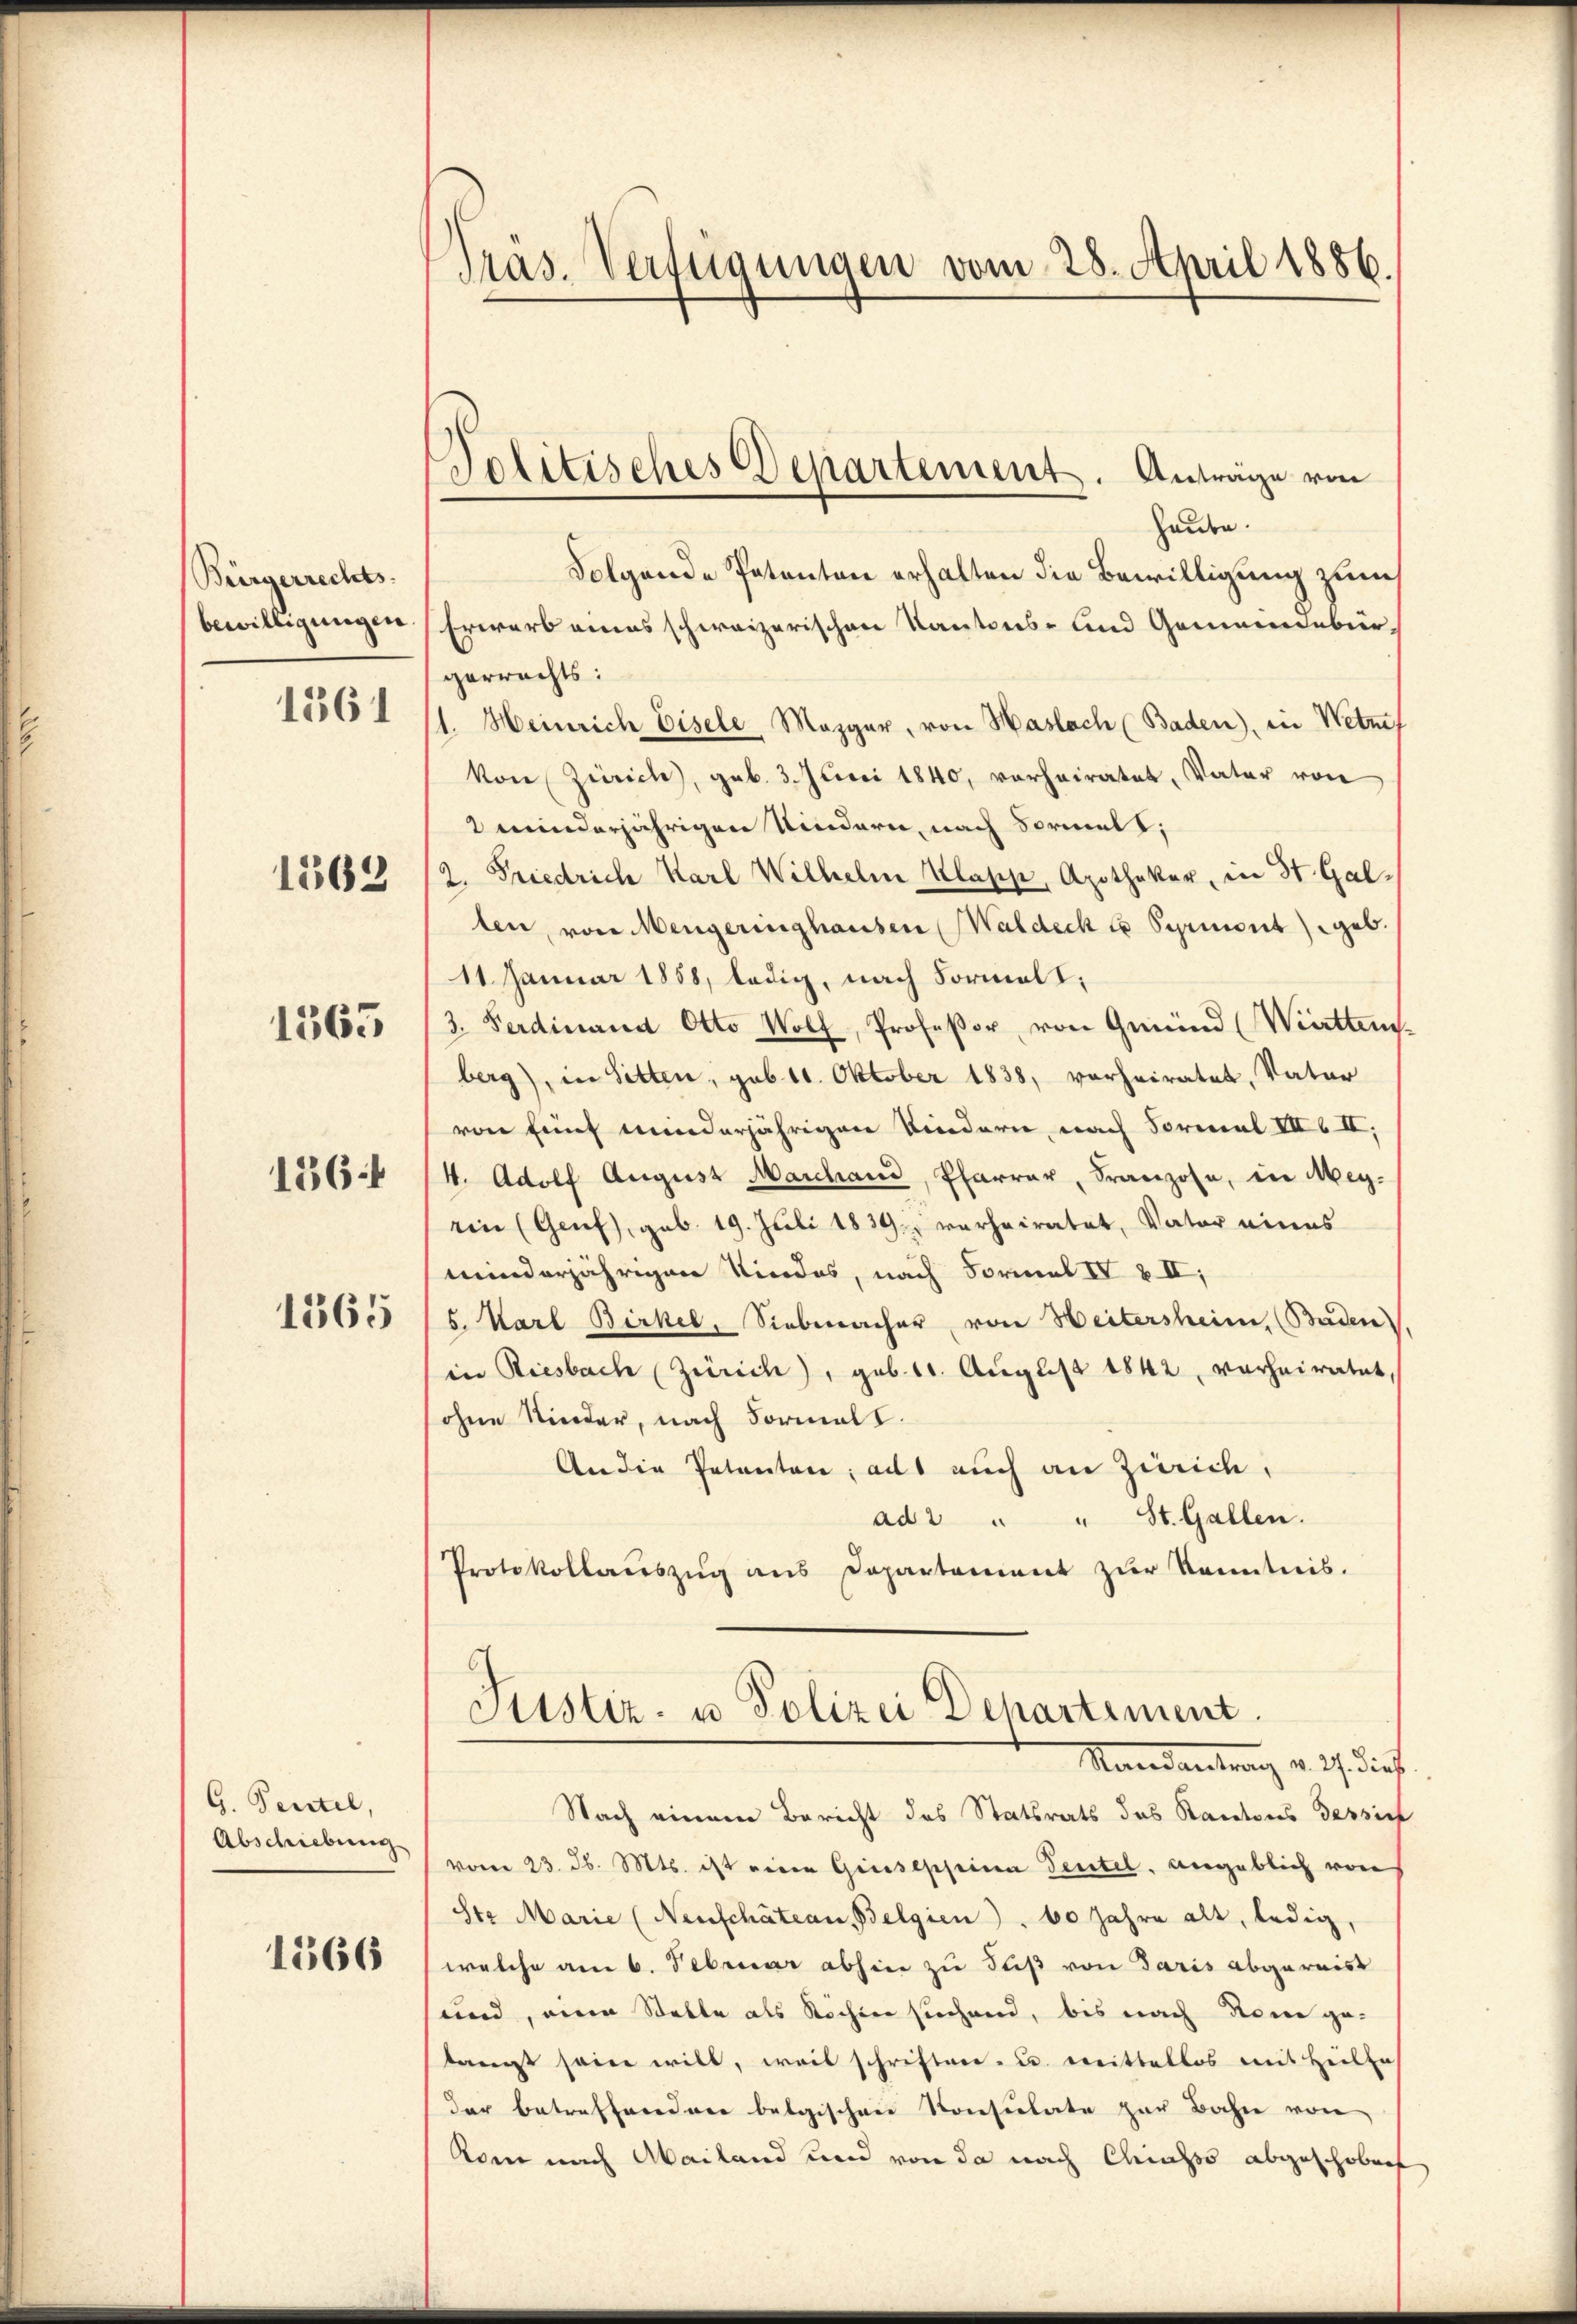
Bürgerrechts.
bewilligungen
1361

1562

1363

1364

1565

G. Petitel,
Abschiebung

1566

Pras. Verfügungen vom 28. April 1886.

Tolitisches Departement. Anträge von

heute.
Folgende Patanton erhalten die Bewilligung zum
Erwarb eines schweizerischen Kantons- und Gemeindebür-
gerrechts:
1. Heinrich bisele Magger, von Haslach (Baden), in Wetze
von Zürich, geb. 3. Juni 1840, vorheiratet, Vater von
2 minderjährigen Kindern, nach Formall;
2. Friedrich Karl Wilhelm Klapp, Apotheker, in St. Gallen, von Mengeringhausen Waldeck u Schimont) geb.
11. Januar 1858, ledig, nach Formelt;
3. Ferdinand Otto Wolf, Profeßor von Gemünd (Wietten.
berg), in Sitten, sub. 18. Oktober 1838, vorheiratet, Vater
von Einf minderjährigen Kindern, nach Formal VII II,
4. Adolf August Marchani, Pfarrer, Franzose, in Meyein (Genf), geb. 19. Juli 1839 verheiratet, Vater eines
minderjährigen Kindes, nach Formal IV § II,
5. Karl Birkel, Siebmacher von Heitersheim, (Baden
in Riesbach Zürich), geb. 11. August 1842, verheiratet
ohne Kinder, nach Formal
An die Petenten; alls auch an Zürich,
ad2 " " St. Gallen.
Protokollanszŭg ans Departement zŭr Kenntnis.
Justiz- u Polizei Dehartement.
Mandantung v. 2. dies
Nach einem Bericht des Statsrats das Kantons Tessief
vom 23. d. Mts. ist eine Giisescheine Tentel, angeblich von
Ste Marie (Neuschätean, Belgien), 60 Jahre alt, ledig,
welche am 6. Februar abhin zu Fuß von Paris abgereist
und, eine Stelle als Rochen sichend, bis nach Sonne ge-
langt seine will, weil schriftern- u. errittellos mit Heille
der betreffenden belgischen Konsulate zur Bahn von
Kom nach Akailand und von da nach Chiasso abgeschoben